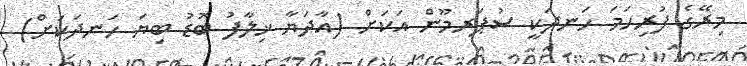
މިރޭގެ ފުރިހަމަ ހަނދަކީ ސުޕަރމޫން އަކަށް (އާދަޔާ ޚިލާފު ބޮޑު ބިޔަ ހަނދަކަށް)